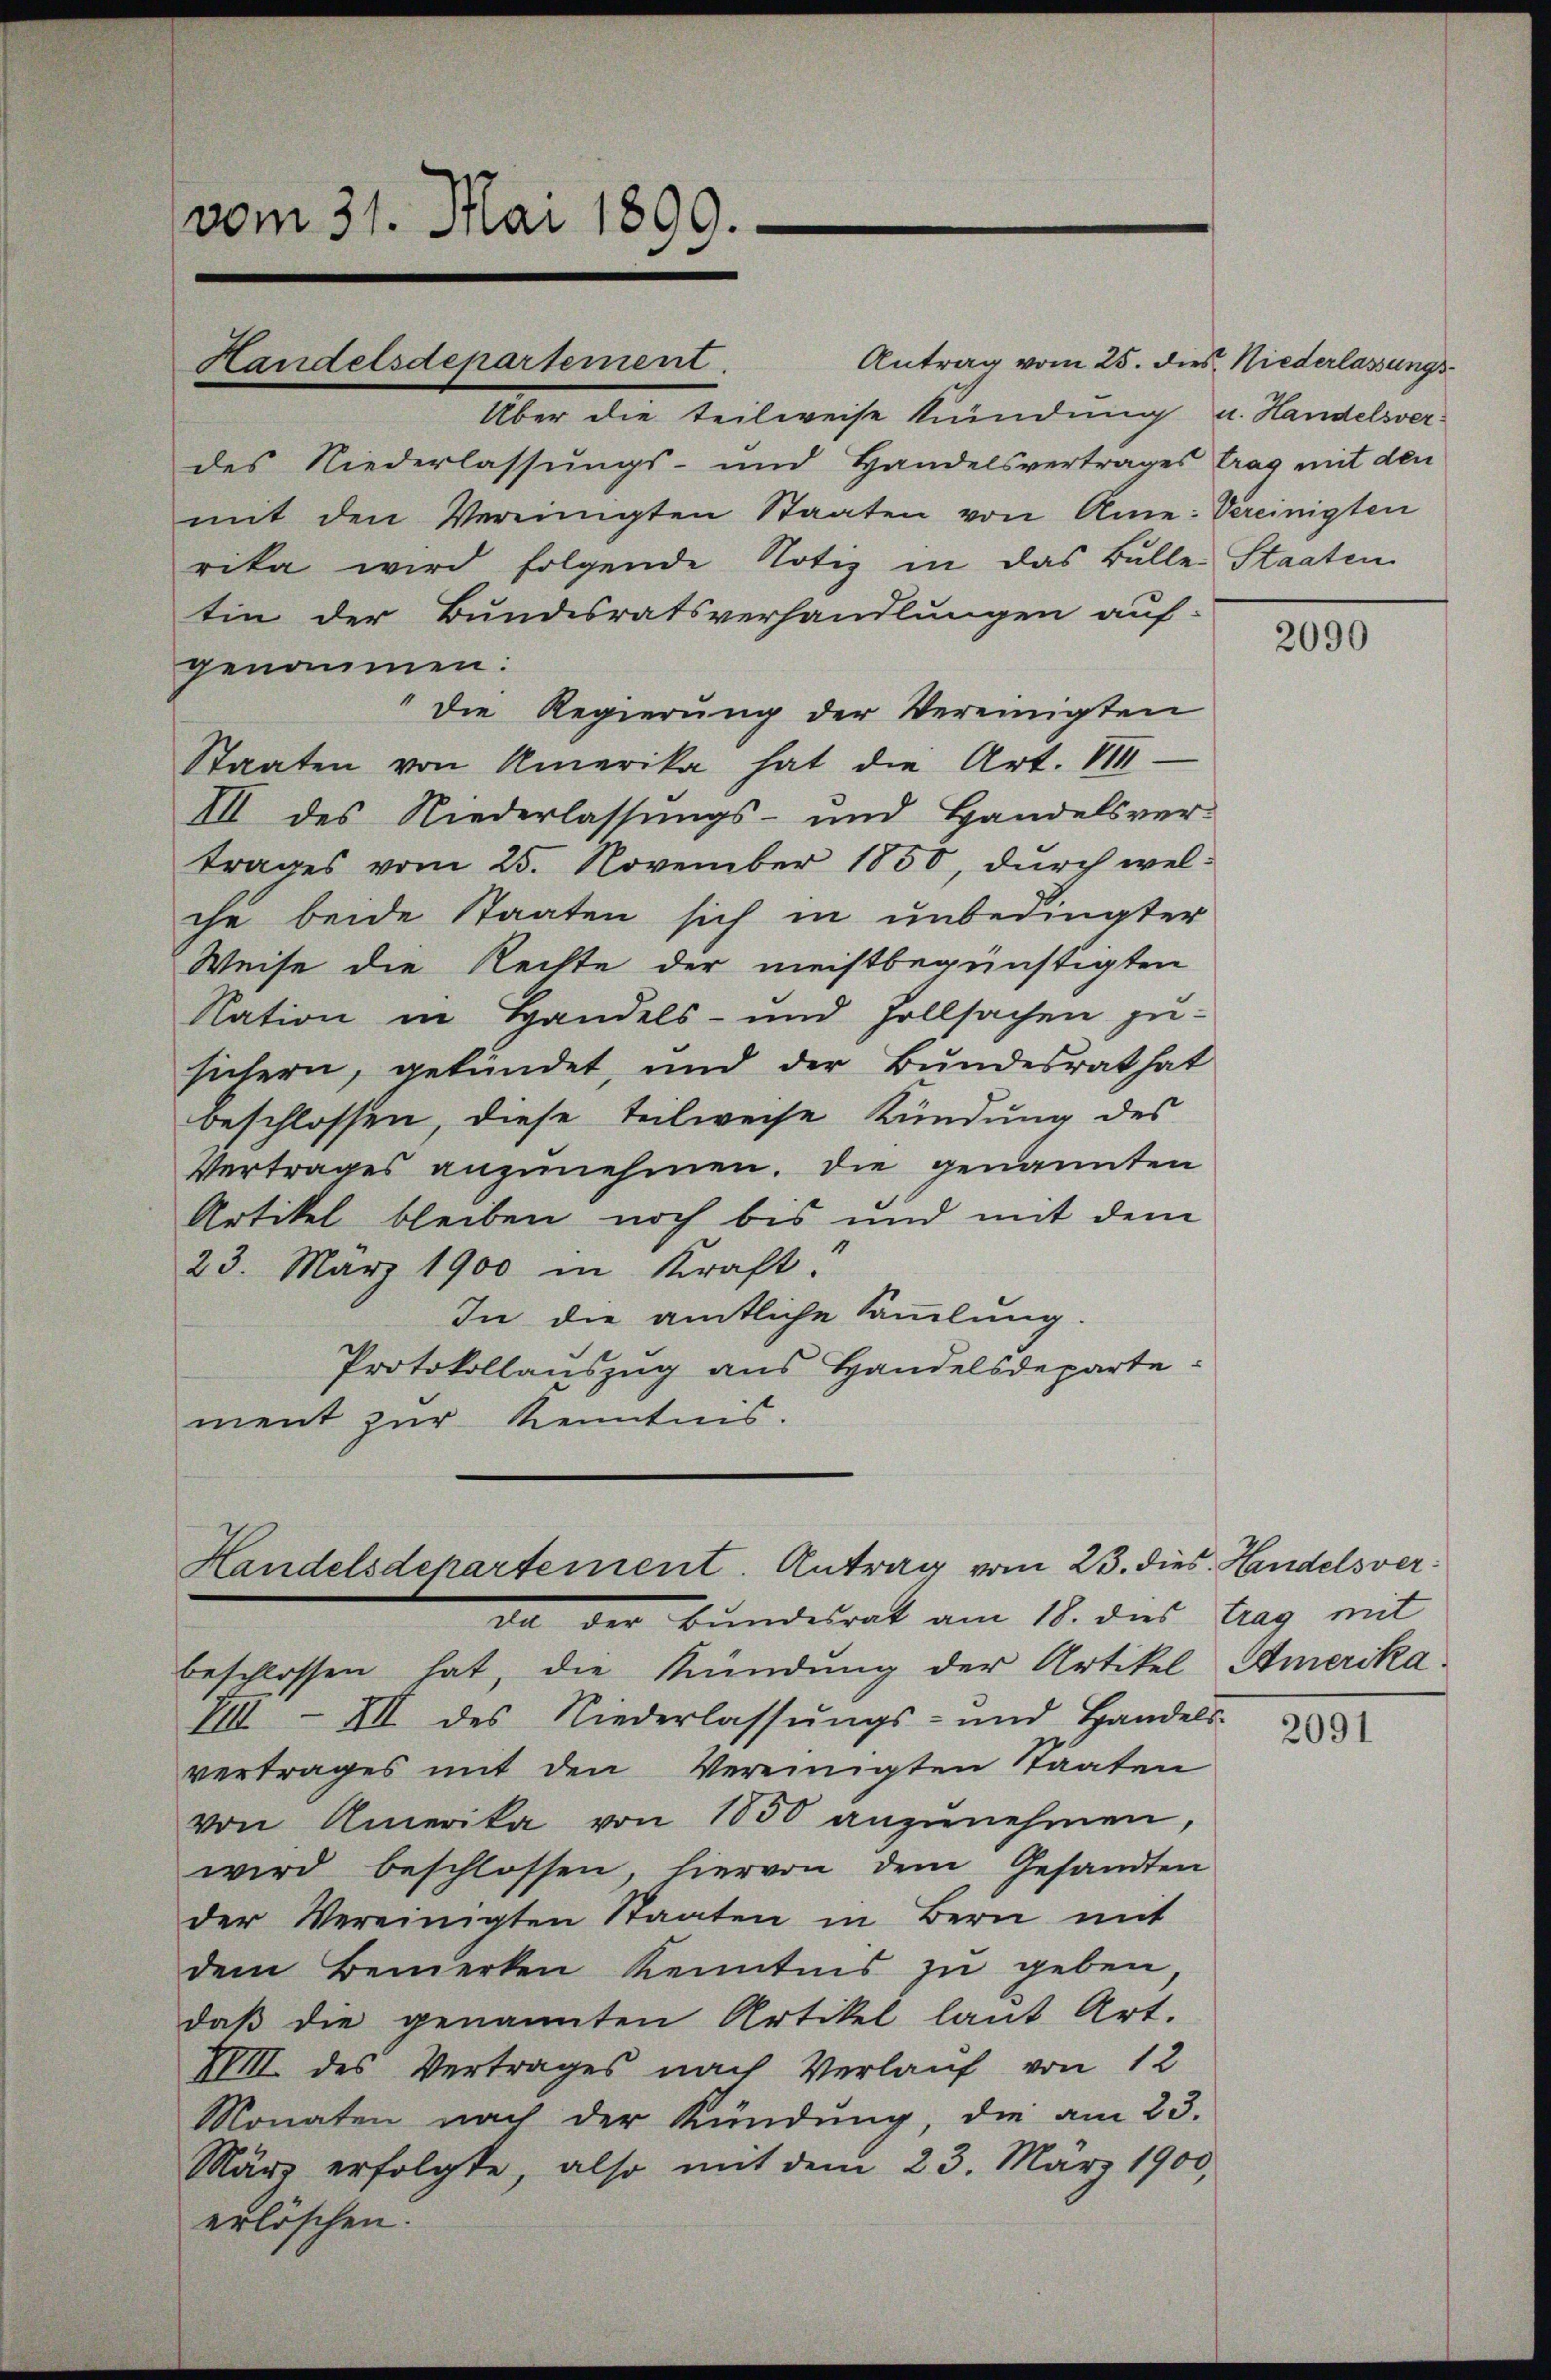
vom 31. Mai 1899.

Handelsdepartement.

VIII III des Niederlassŭngs- und Handels-
vertrages mit den Vereinigten Staaten
von Amerika von 1850 anzunehmen,
wird beschlossen, hiervon dem Gesandten
der Vereinigten Staaten in Bern mit
dem Bemerken Kenntnis zu geben
daß die genannten Artikel laut Art.
XVIII des Vertrages nach Verlauf von 12
Monaten nach der Kündŭng, die am 23.
März erfolgte, also mit dem 23. März 1900,
erlöschen.

Handelsdepartement. Antrag vom 23. dies. Handelsverda der Bundesrat am 18. des trag mit
beschlossen hat, die Mündung der Artikel Amerika.

Antrag vom 25. dies Niederlassungs¬
Über die teilweise kündung u. Handelsver-
des Niederlassungs- und Handelsvertrages trag mit den
mit den Vereinigten Staaten von Ame: Vereinigten
rika wird folgende Notiz in das Bülle Staaten
tin der Bundesratsverhandlungen auf-
genommen.
Die Regierung der Vereinigten
Staaten von Amerika hat die Art. 114.
III des Niederlassungs- und Handelsver-
trages vom 25. November 1850, durch welche beide Staaten sich in unbedingter
Weise die Rechte der meistbegünstigten
Nation in Handels- und Zollsachen zu-
sichern, gefundet, und der Bundesrat hat
beschlossen, diese teilweise Kündung des
Vertrages anzunehmen. Die genannten
Artikel bleiben noch bis und mit dem
23. März 1900 in Kraft:
In die amtliche Sammlung.
Protokollauszug aus Handelsdepartement zur Kenntnis.

2090

2091